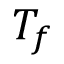
T _ { f }